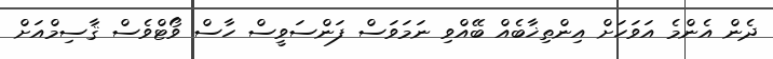
ދެން އެންމެ އަވަހަށް އިންތިޚާބެއް ބޭއްވި ނަމަވަސް ފަންސަވީސް ހާސް ވޯޓްވެސް ޤާސިމްއަށް